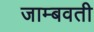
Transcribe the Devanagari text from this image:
जाम्‍बवती